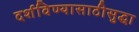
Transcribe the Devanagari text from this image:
दर्शविण्यासाठीसुद्धा